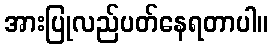
အားပြုလည်ပတ်နေရတာပါ။